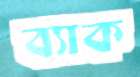
ব্যাক